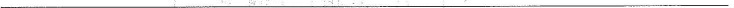
___